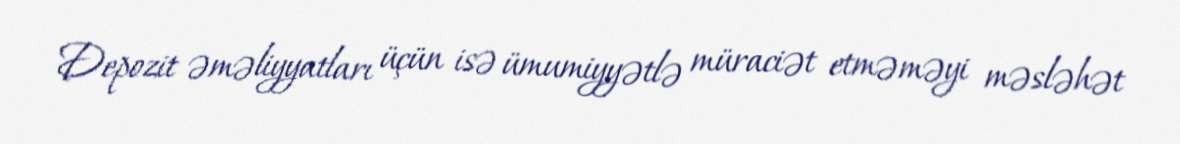
Depozit əməliyyatları üçün isə ümumiyyətlə müraciət etməməyi məsləhət